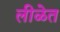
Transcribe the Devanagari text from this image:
लीळेत